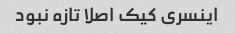
اینسری کیک اصلا تازه نبود